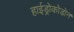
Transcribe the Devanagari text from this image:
हाईड्रोकोडोन